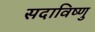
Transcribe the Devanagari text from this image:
सदाविष्णु